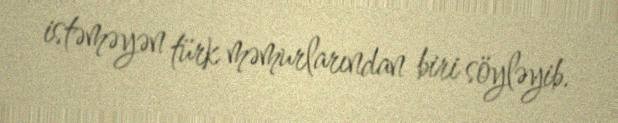
istəməyən türk məmurlarından biri söyləyib.